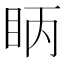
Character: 眪